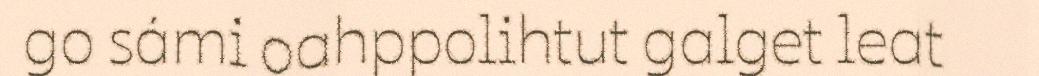
go sámi oahppolihtut galget leat